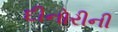
દીનોરીની